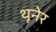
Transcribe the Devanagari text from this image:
थूनेर